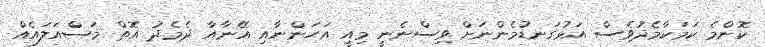
ކޮންމެ ކަމަކާމެދުވެސް އަޅުގަނޑުމެންނަށް ވިސްނެނީ މިއީ އަހަންނާއި އޭނާއާ ދެމެދު އޮތް މަސްއަލައެއް